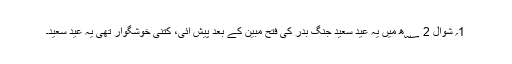
1؍ شوال 2 ؁ھ میں یہ عید سعید جنگ بدر کی فتح مبین کے بعد پیش آئی، کتنی خوشگوار تھی یہ عید سعید۔